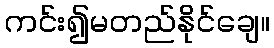
ကင်း၍မတည်နိုင်ချေ။